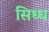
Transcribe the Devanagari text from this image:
सिध्ध